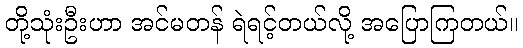
တို့သုံးဦးဟာ အင်မတန် ရဲရင့်တယ်လို့ အပြောကြတယ်။